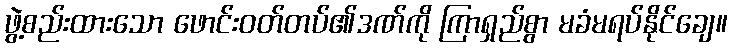
ဖွဲ့စည်းထားသော ဖောင်းဝတ်တပ်၏ဒဏ်ကို ကြာရှည်စွာ မခံမရပ်နိုင်ချေ။